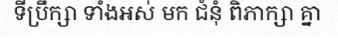
ទីប្រឹក្សា ទាំងអស់ មក ជំនុំ ពិភាក្សា គ្នា